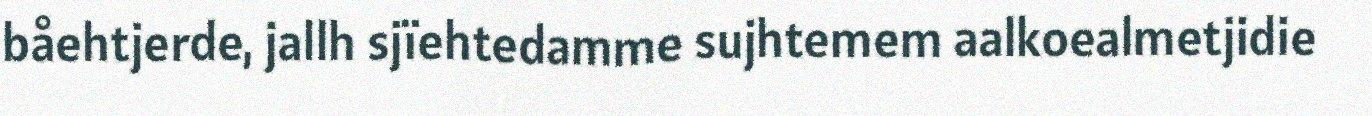
båehtjerde, jallh sjïehtedamme sujhtemem aalkoealmetjidie